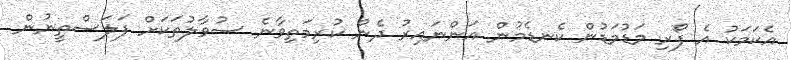
އެކަމަކު އެ ފޯރި މަޑުމަޑުން ކެނޑެމުން އަންނައިރު ދެން ކުރިމަތިވާނެ ސުވާލުތަކަށް ފަލަސްތީނުން